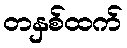
တနှစ်ထက်